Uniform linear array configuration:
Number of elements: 64
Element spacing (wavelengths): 0.5
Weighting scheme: hamming
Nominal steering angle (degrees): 0
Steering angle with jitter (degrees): -1.754
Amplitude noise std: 0.05
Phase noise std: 0.05

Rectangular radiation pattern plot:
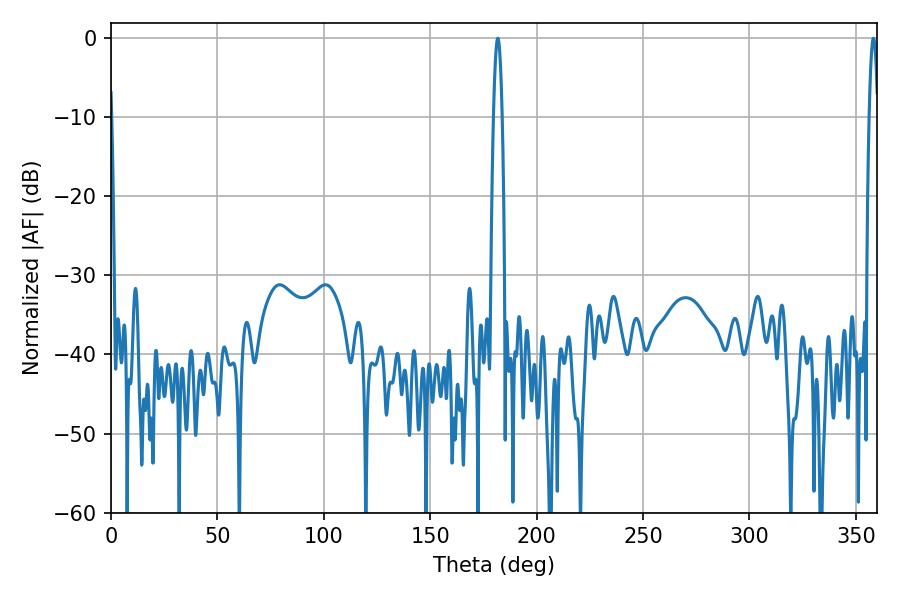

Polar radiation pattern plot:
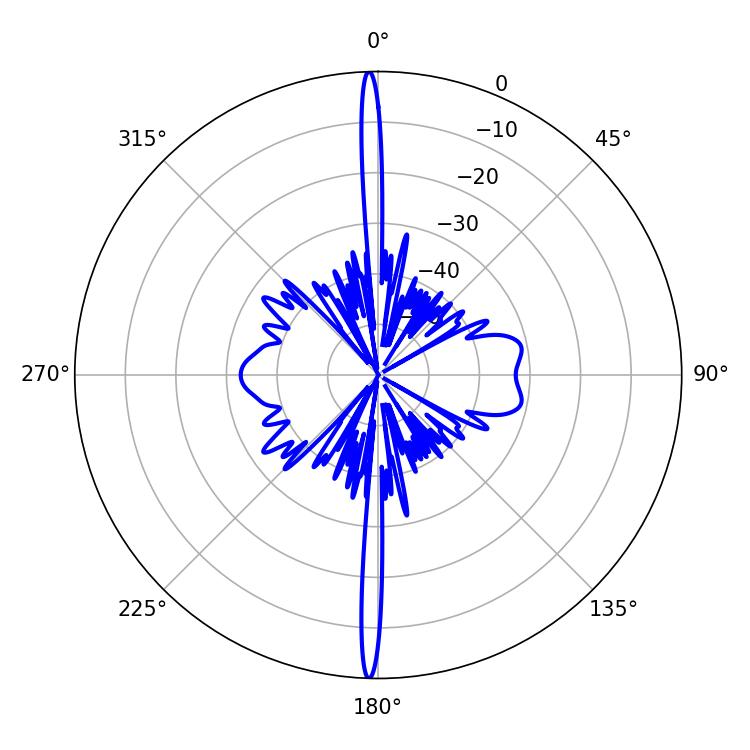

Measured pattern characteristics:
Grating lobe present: FALSE
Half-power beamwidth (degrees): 2.16
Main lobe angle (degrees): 358.2